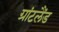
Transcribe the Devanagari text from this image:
ग्रांटलैंड